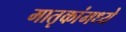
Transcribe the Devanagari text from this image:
मातृकांमध्ये